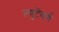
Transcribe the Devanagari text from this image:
ल्युटेंबर्ग